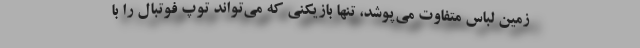
زمین لباس متفاوت می‌پوشد، تنها بازیکنی که می‌تواند توپ فوتبال را با